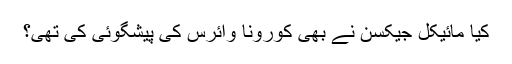
کیا مائیکل جیکسن نے بھی کورونا وائرس کی پیشگوئی کی تھی؟